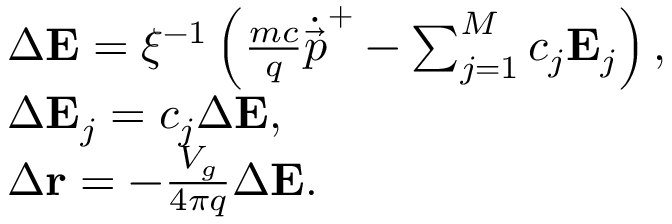
\begin{array} { r l } & { \Delta \mathbf { E } = \xi ^ { - 1 } \left( \frac { m c } { q } \dot { \vec { p } } ^ { + } - \sum _ { j = 1 } ^ { M } c _ { j } \mathbf { E } _ { j } \right) , } \\ & { \Delta \mathbf { E } _ { j } = c _ { j } \Delta \mathbf { E } , } \\ & { \Delta \mathbf { r } = - \frac { V _ { g } } { 4 \pi q } \Delta \mathbf { E } . } \end{array}